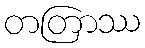
တတြာဿ